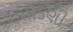
તોડણી